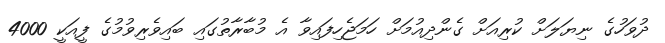
ދުވަހުގެ ނިޔަލަށް ކުރިއަށް ގެންދިއުމަށް ހަމަޖެހިފައިވާ އެ މުބާރާތުގައި ބައިވެރިވުމުގެ ފީއަކީ 4000